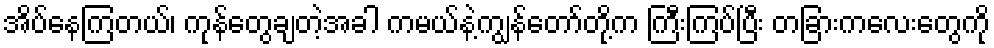
အိပ်နေကြတယ်၊ ကုန်တွေချတဲ့အခါ ကမယ်နဲ့ကျွန်တော်တို့က ကြီးကြပ်ပြီး တခြားကလေးတွေကို